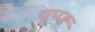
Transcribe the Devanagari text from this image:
चुपड़